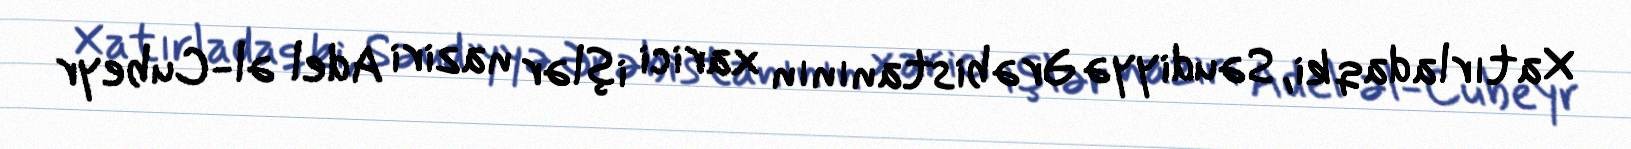
Xatırladaq ki, Səudiyyə Ərəbistanının xarici işlər naziri Adel əl-Cubeyr